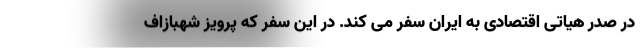
در صدر هیاتی اقتصادی به ایران سفر می کند. در این سفر که پرویز شهبازاف